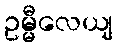
ဥမ္မီလေယျ